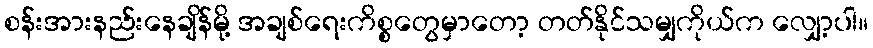
စန်းအားနည်းနေချိန်မို့ အချစ်ရေးကိစ္စတွေမှာတော့ တတ်နိုင်သမျှကိုယ်က လျှော့ပါ။